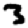
Digit: 3